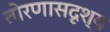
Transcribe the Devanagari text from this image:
तोरणासदृश्य